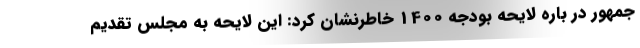
جمهور در باره لایحه بودجه 1400 خاطرنشان کرد: این لایحه به مجلس تقدیم